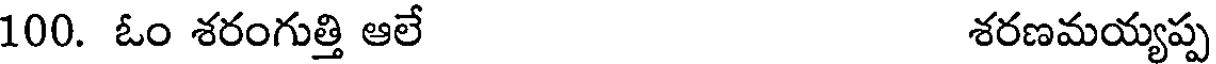
100. ఓం శరంగుత్తి ఆలే శరణమయ్యప్ప